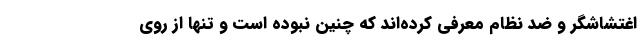
اغتشاشگر و ضد نظام معرفی کرده‌اند که چنین نبوده است و تنها از روی